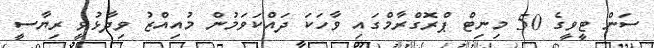
ސަން ޓީވީގެ 50 މިނިޓް ޕްރޮގްރާމްގައި ވާހަކަ ދައްކަވަމުން މުއިއްޒު ވިދާޅުވީ ރިޔާސީ